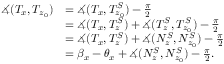
\begin{array} { r l } { \measuredangle ( T _ { x } , T _ { z _ { 0 } } ) } & { = \measuredangle ( T _ { x } , T _ { z _ { 0 } } ^ { S } ) - \frac { \pi } { 2 } } \\ & { = \measuredangle ( T _ { x } , T _ { z } ^ { S } ) + \measuredangle ( T _ { z } ^ { S } , T _ { z _ { 0 } } ^ { S } ) - \frac { \pi } { 2 } } \\ & { = \measuredangle ( T _ { x } , T _ { z } ^ { S } ) + \measuredangle ( N _ { z } ^ { S } , N _ { z _ { 0 } } ^ { S } ) - \frac { \pi } { 2 } } \\ & { = \beta _ { x } - \theta _ { x } + \measuredangle ( N _ { z } ^ { S } , N _ { z _ { 0 } } ^ { S } ) - \frac { \pi } { 2 } . } \end{array}